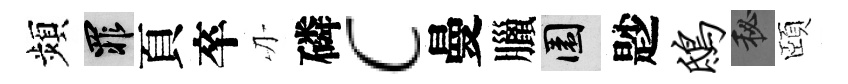
頻罪頁卒刃磷c曼臘園尟鸱秘頤